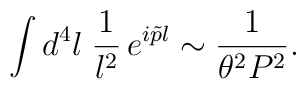
\int d^4l\; {1 \over l^2}\,e^{ i \tilde{p}l} \sim {1 \over\theta^2 P^2}.